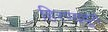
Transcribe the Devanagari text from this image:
हिरण्यदूर्ग